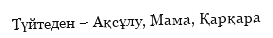
Түйтеден – Ақсұлу, Мама, Қарқара